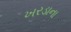
ખરડાના